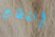
إنقطاع